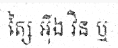
ត្សៃ អ៊ីង វិន ឬ